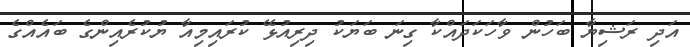
އަދި ރަޝިޔާ ބަހުން ވާހަކަދައްކާ ގިނަ ބަޔަކު ދިރިއުޅޭ ކުރައިމިއާ ޔުކުރެއިންގެ ބައެއްގެ